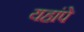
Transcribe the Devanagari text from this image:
यहांपे